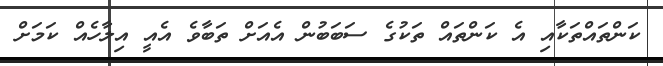
ކަންތައްތަކާއި އެ ކަންތައް ތަކުގެ ސަބަބުން އެއަށް ތަބާވެ އެއީ އިލާހެއް ކަމަށް